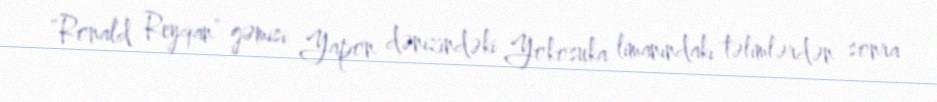
“Ronald Reyqan” gəmisi Yapon dənizindəki Yokosuka limanındakı təlimlərdən sonra